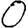
Digit: 0